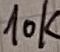
Text: 10K